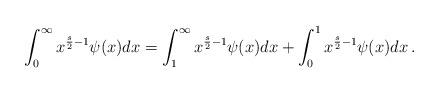
LaTeX: \begin{align*}\int_0^\infty x^{\frac{s}{2}-1}\psi(x) dx = \int_1^\infty x^{\frac{s}{2}-1}\psi(x)dx+\int_0^1 x^{\frac{s}{2}-1}\psi(x)dx \, .\end{align*}